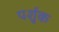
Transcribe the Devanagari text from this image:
पर्शुक